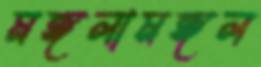
মঙ্গলামঙ্গল